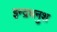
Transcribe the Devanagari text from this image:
इन्द्रधनुश